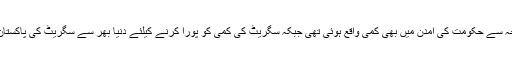
سگریٹ کی پیداوار میں کمی ہونے کی وجہ سے حکومت کی آمدن میں بھی کمی واقع ہوئی تھی جبکہ سگریٹ کی کمی کو پورا کرنے کیلئے دنیا بھر سے سگریٹ کی پاکستان میں اسمگلنگ بھی دیکھنے میں آئی تھی۔